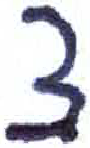
אות: צ